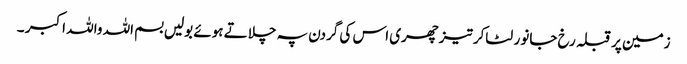
زمین پر قبلہ رخ جانور لٹاکر تیزچھری اس کی گردن پہ چلاتے ہوئے بولیں بسم اللہ واللہ اکبر ۔